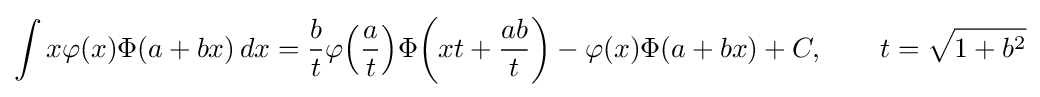
\int x\varphi (x)\Phi (a+bx)\,dx={\frac {b}{t}}\varphi {\left({\frac {a}{t}}\right)}\Phi {\left(xt+{\frac {ab}{t}}\right)}-\varphi (x)\Phi (a+bx)+C,\qquad t={\sqrt {1+b^{2}}}